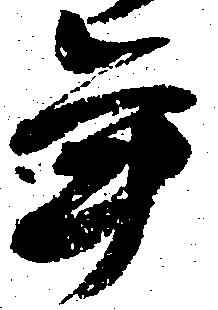
年